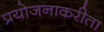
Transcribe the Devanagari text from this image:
प्रयोजनाकरीता